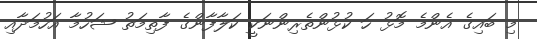
މި ބައިގެ އެންމެ މޮޅު ހަ ކުޅުންތެރިންނަކީ ކަލާފާންގެ ފާތިމަތު ޝަހުމާ އަހުމަދާއި